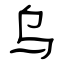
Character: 乌